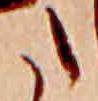
た